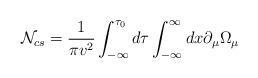
LaTeX: \begin{align*}{\cal N}_{cs} = \frac{1}{\pi v^2} \int_{-\infty}^{\tau_0} d \tau \int_{-\infty}^{\infty} d x \partial_{\mu} \Omega_{\mu}\end{align*}